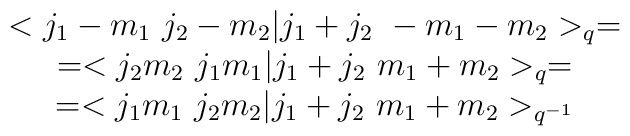
\begin{array}{c}<j_{1}-m_{1} \ j_{2}-m_{2}|j_{1}+j_{2} \ -m_{1}-m_{2}>_{q}=\\=<j_{2}m_{2} \ j_{1}m_{1}|j_{1}+j_{2} \ m_{1}+m_{2}>_{q}=\\=<j_{1}m_{1} \ j_{2}m_{2}|j_{1}+j_{2} \ m_{1}+m_{2}>_{q^{-1}}\end{array}